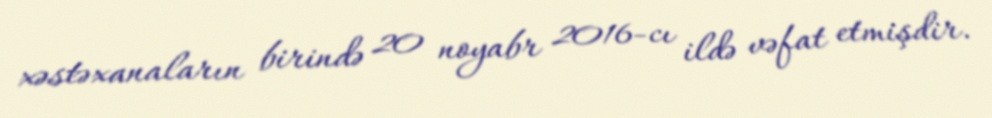
xəstəxanaların birində 20 noyabr 2016-cı ildə vəfat etmişdir.